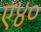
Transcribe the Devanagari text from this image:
ए४०